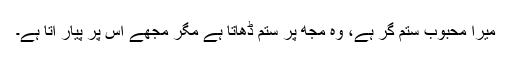
میرا محبوب ستم گر ہے، وہ مجھ پر ستم ڈھاتا ہے مگر مجھے اس پر پیار آتا ہے۔